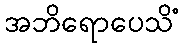
အဘိရောပေသိံ